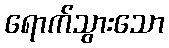
ရောက်သွားသော